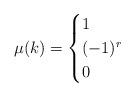
LaTeX: \begin{align*}\mu(k) = \begin{cases}1 & \\(-1)^r & \\0 & \end{cases}\end{align*}